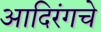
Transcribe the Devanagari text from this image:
आदिरंगचे